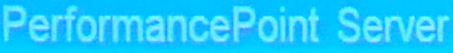
PerformancePoint Server